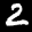
Label: 2